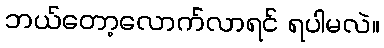
ဘယ်တော့လောက်လာရင် ရပါမလဲ။